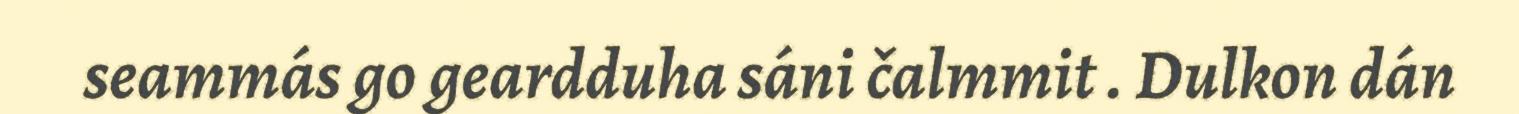
seammás go geardduha sáni čalmmit . Dulkon dán